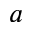
a